Vital statistics of India. Vol. VI, European troops 1870-79
Year: 1870
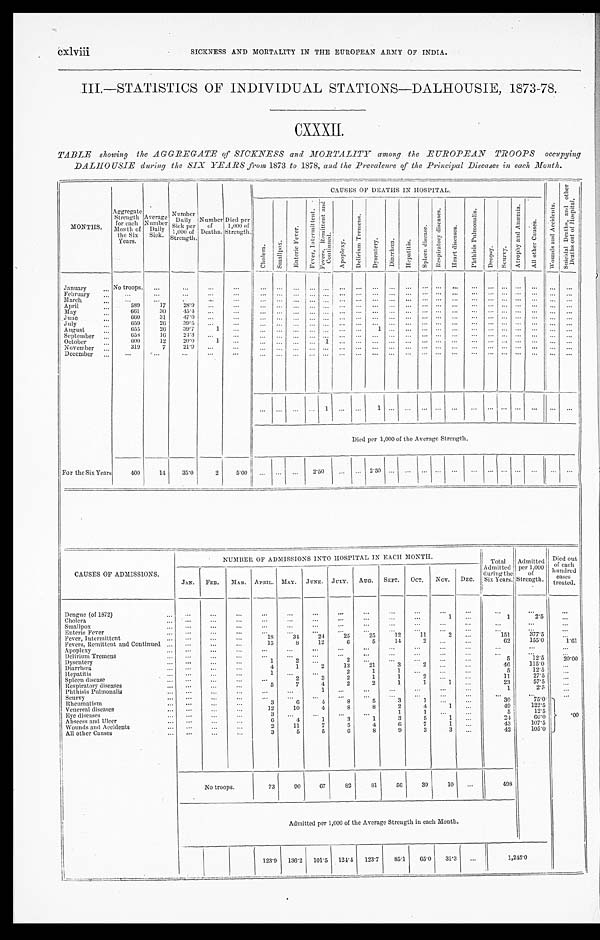
cxlviii SICKNESS AND MORTALITY IN THE EUROPEAN ARMY OF INDIA.
III.—STATISTICS OF INDIVIDUAL STATIONS—DALHOUSIE, 1873-78.
CXXXII.
TABLE showing the AGGREGATE of SICKNESS and MORTALITY among the EUROPEAN TROOPS occupying
DALHOUSIE during the SIX YEARS from 1873 to 1878, and the Prevalence of the Principal Diseases in each Month.
MONTHS.
Aggregate Strength for each
Month of
the Six
Years.
Average Number Daily
Sick.
Number D a i l y S i c k p e r 1 , 0 0 0 o f S t r e n g t h . Number
of
Deaths.
Died per
1,000 of
Strength
CAUS E S OF DE AT HS I N HOS P I T AL .
W o u n d s a n d A c c i d e n t s .
S u i c i d a l D e a t h s , a n d o t h e r D e a t h s o u t o f H o s p i t a l .
C h o l e r a .
S m a l l p o x .
E n t e r i c F e v e r .
F e v e r , I n t e r m i t t e n t .
F e v e r s , R e m i t t e n t a n d C o n t i n u e d .
A p o p l e x y .
D e l i r i u m T r e m e n s .
D y s e n t e r y .
D i a r r h œ a .
H e p a t i t i s .
S p l e e n d i s e a s e .
R e s p i r a t o r y d i s e a s e s . H e a r t d i s e a s e .
P h t h i s i s P u l m o n a l i s .
D r o p s y .
S c u r v y .
A t r o p h y a n d A n æ m i a .
A l l o t h e r C a u s e s .
January
No troops.
February
March April
589 17 28.9
May
661 30 45.4
June
6 6 0 31 47.0
July
6 5 9 26 39.5
August
655
26 39.7
1
1
September
658 16 24.3
October
600
12 20.0
1
1
November
319
7 21.9
December
1
1
Died per 1,000 of the Average Strength.
For the Six Years
400 14 35.0
2 5.00
2 . 5 0
2.50
CAUSES OF ADMISSIONS.
NUMBER OF ADMISSIONS INTO HOSPITAL IN EACH MONTH.
T o t a l
Admitted
during the
Six Years
Admitted per 1,000
of
Strength.
Died out
of each
hundred
cases t reat ed.
JAN. FEB. MAR. APRIL. MAY. JUNE. JULY. AUG. SEPT. OCT. NOV. DEC.
Dengue (of 1872)
Cholera
1
1
2 . 5
Smallpox Enteric Fever
Fever, Intermittent
18
3 4 24
25
25 12 11
2
1 5 1
3 7 7 . 5
Fevers, Remittent and Continued
1 5 8
12
6
5
1 4 2
6 2
1 5 5 . 0 1.61
Apoplexy Delirium Tremens
Dysentery
1
2
2
5
12.5 20.00
Diarrhœa
4
1
2
1 3
2 1
3 2
4 6
1 1 5 . 0
Hepatitis
1
2
1
1
5 12.5
Spleen disease
2
3
2
1
1
2
11
27.5
Respiratory diseases
5
7
4
2
2
1
1
1
23
5 7 . 5
Phthisis Pulmonalis
1
1
2 . 5
Scurvy Rheumatism
3
6
4
8
5
3
1
3 0
7 5 . 0
. 0 0
Venereal diseases
1 2 10
4
8
8 2
4 1
4 9
122. 5
Eye diseases
3
1
1
5
1 2 . 5
Abscess and Ulcer
6
4
1
3
1
3
5 1
2 4
6 0 . 0
Wounds and Accidents
2
11
7
5
4
6
7 1
4 3
107.5
All other Causes
3
5
5
6
8
9
3 3
4 2
1 0 5 . 0
No troops.
73 90 67
82 81
56
39
10
498
Admitted per 1,000 of the Average Strength in each Month.
123.9 136.2 101.5 124.4 123.7 85.1 65.0 31.3
1 , 2 4 5 . 0